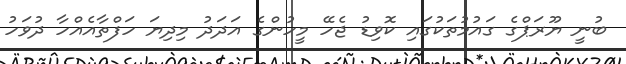
ބުނީ ޔޫރަޕްގެ ގައުމުތަކުގައި ކޮވިޑު ޖެހޭ މީހުންގެ އަދަދު މިދިޔަ ހަފްތާއެއްހާ ދުވަހު